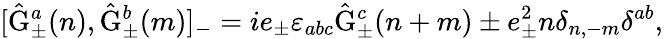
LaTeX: [\hat{\mathrm{G}}_{\pm}^{a}(n),\hat{\mathrm{G}}_{\pm}^{b}(m)]_{-}=ie_{\pm}{\varepsilon}_{abc}\hat{\mathrm{G}}_{\pm}^{c}(n+m)\pm e_{\pm}^{2}n\delta_{n,-m}\delta^{ab},\,